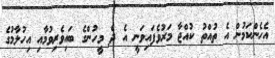
އެހެންކަމުން އެ ތުއްތު ކުއްޖާ މަރުވެފައިވަނީ އެ ދެ މީހުންގެ ބައިވެރިވުމާއި އިހުލާމުގެ